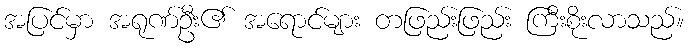
အပြင်မှာ အရုဏ်ဦး၏ အရောင်များ တဖြည်းဖြည်း ကြီးစိုးလာသည်။